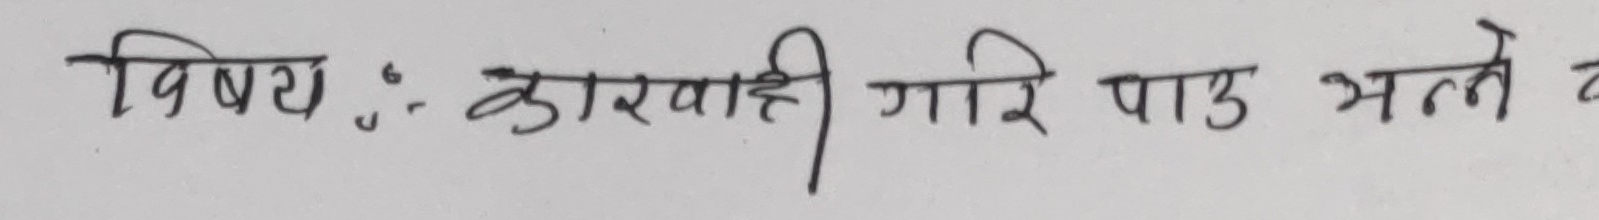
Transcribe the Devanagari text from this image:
विषयः : कारवाही गरि पाउ भन्ने व